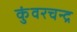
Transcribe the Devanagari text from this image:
कुंवरचन्द्र